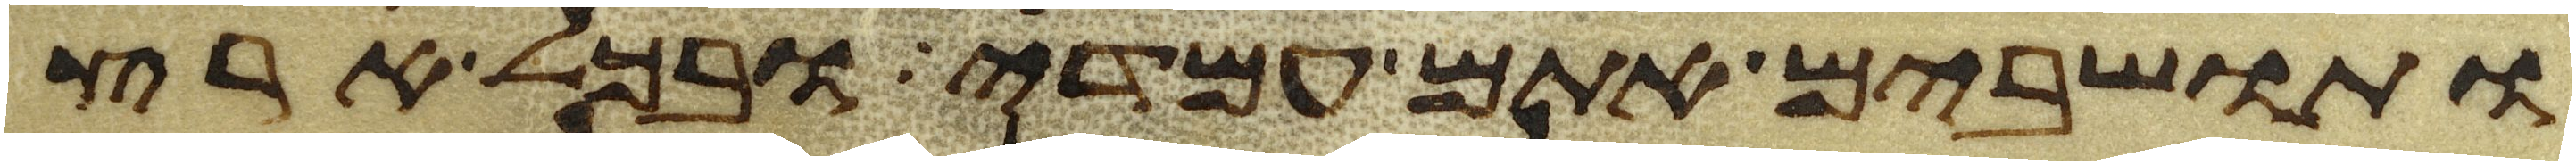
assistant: ותושבים אתם עמדי ובכל ארץ